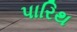
પારિથ